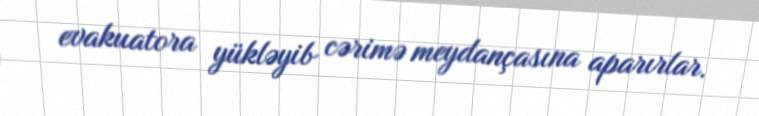
evakuatora yükləyib cərimə meydançasına aparırlar.